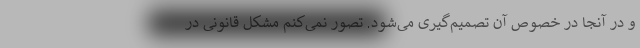
و در آنجا در خصوص آن تصمیم‌گیری می‌شود. تصور نمی‌کنم مشکل قانونی در